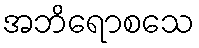
အဘိရောစသေ